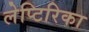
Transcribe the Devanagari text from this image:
लेप्टिरिका